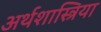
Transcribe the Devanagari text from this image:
अर्थशास्त्रिया